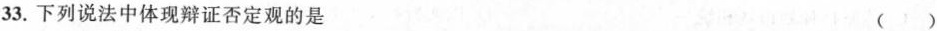
33.下列说法中体现辩证否定观的是 ()